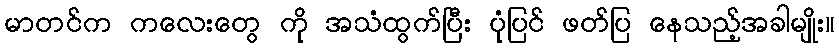
မာတင်က ကလေးတွေ ကို အသံထွက်ပြီး ပုံပြင် ဖတ်ပြ နေသည့်အခါမျိုး။